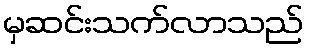
မှဆင်းသက်လာသည်